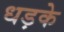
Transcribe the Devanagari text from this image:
धड़के